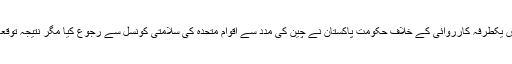
مودی سرکار کی اس یکطرفہ کارروائی کے خلاف حکومت پاکستان نے چین کی مدد سے اقوام متحدہ کی سلامتی کونسل سے رجوع کیا مگر نتیجہ توقعات کے برعکس آیا۔